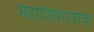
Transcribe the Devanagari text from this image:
महाशिवरात्रीचा